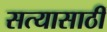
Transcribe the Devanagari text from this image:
सत्यासाठीं